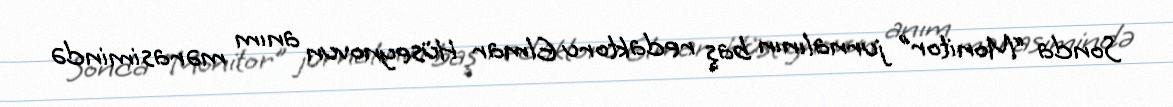
Sonda “Monitor” jurnalının baş redaktoru Elmar Hüseynovun anım mərasimində